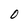
Character: 0